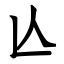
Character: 亾